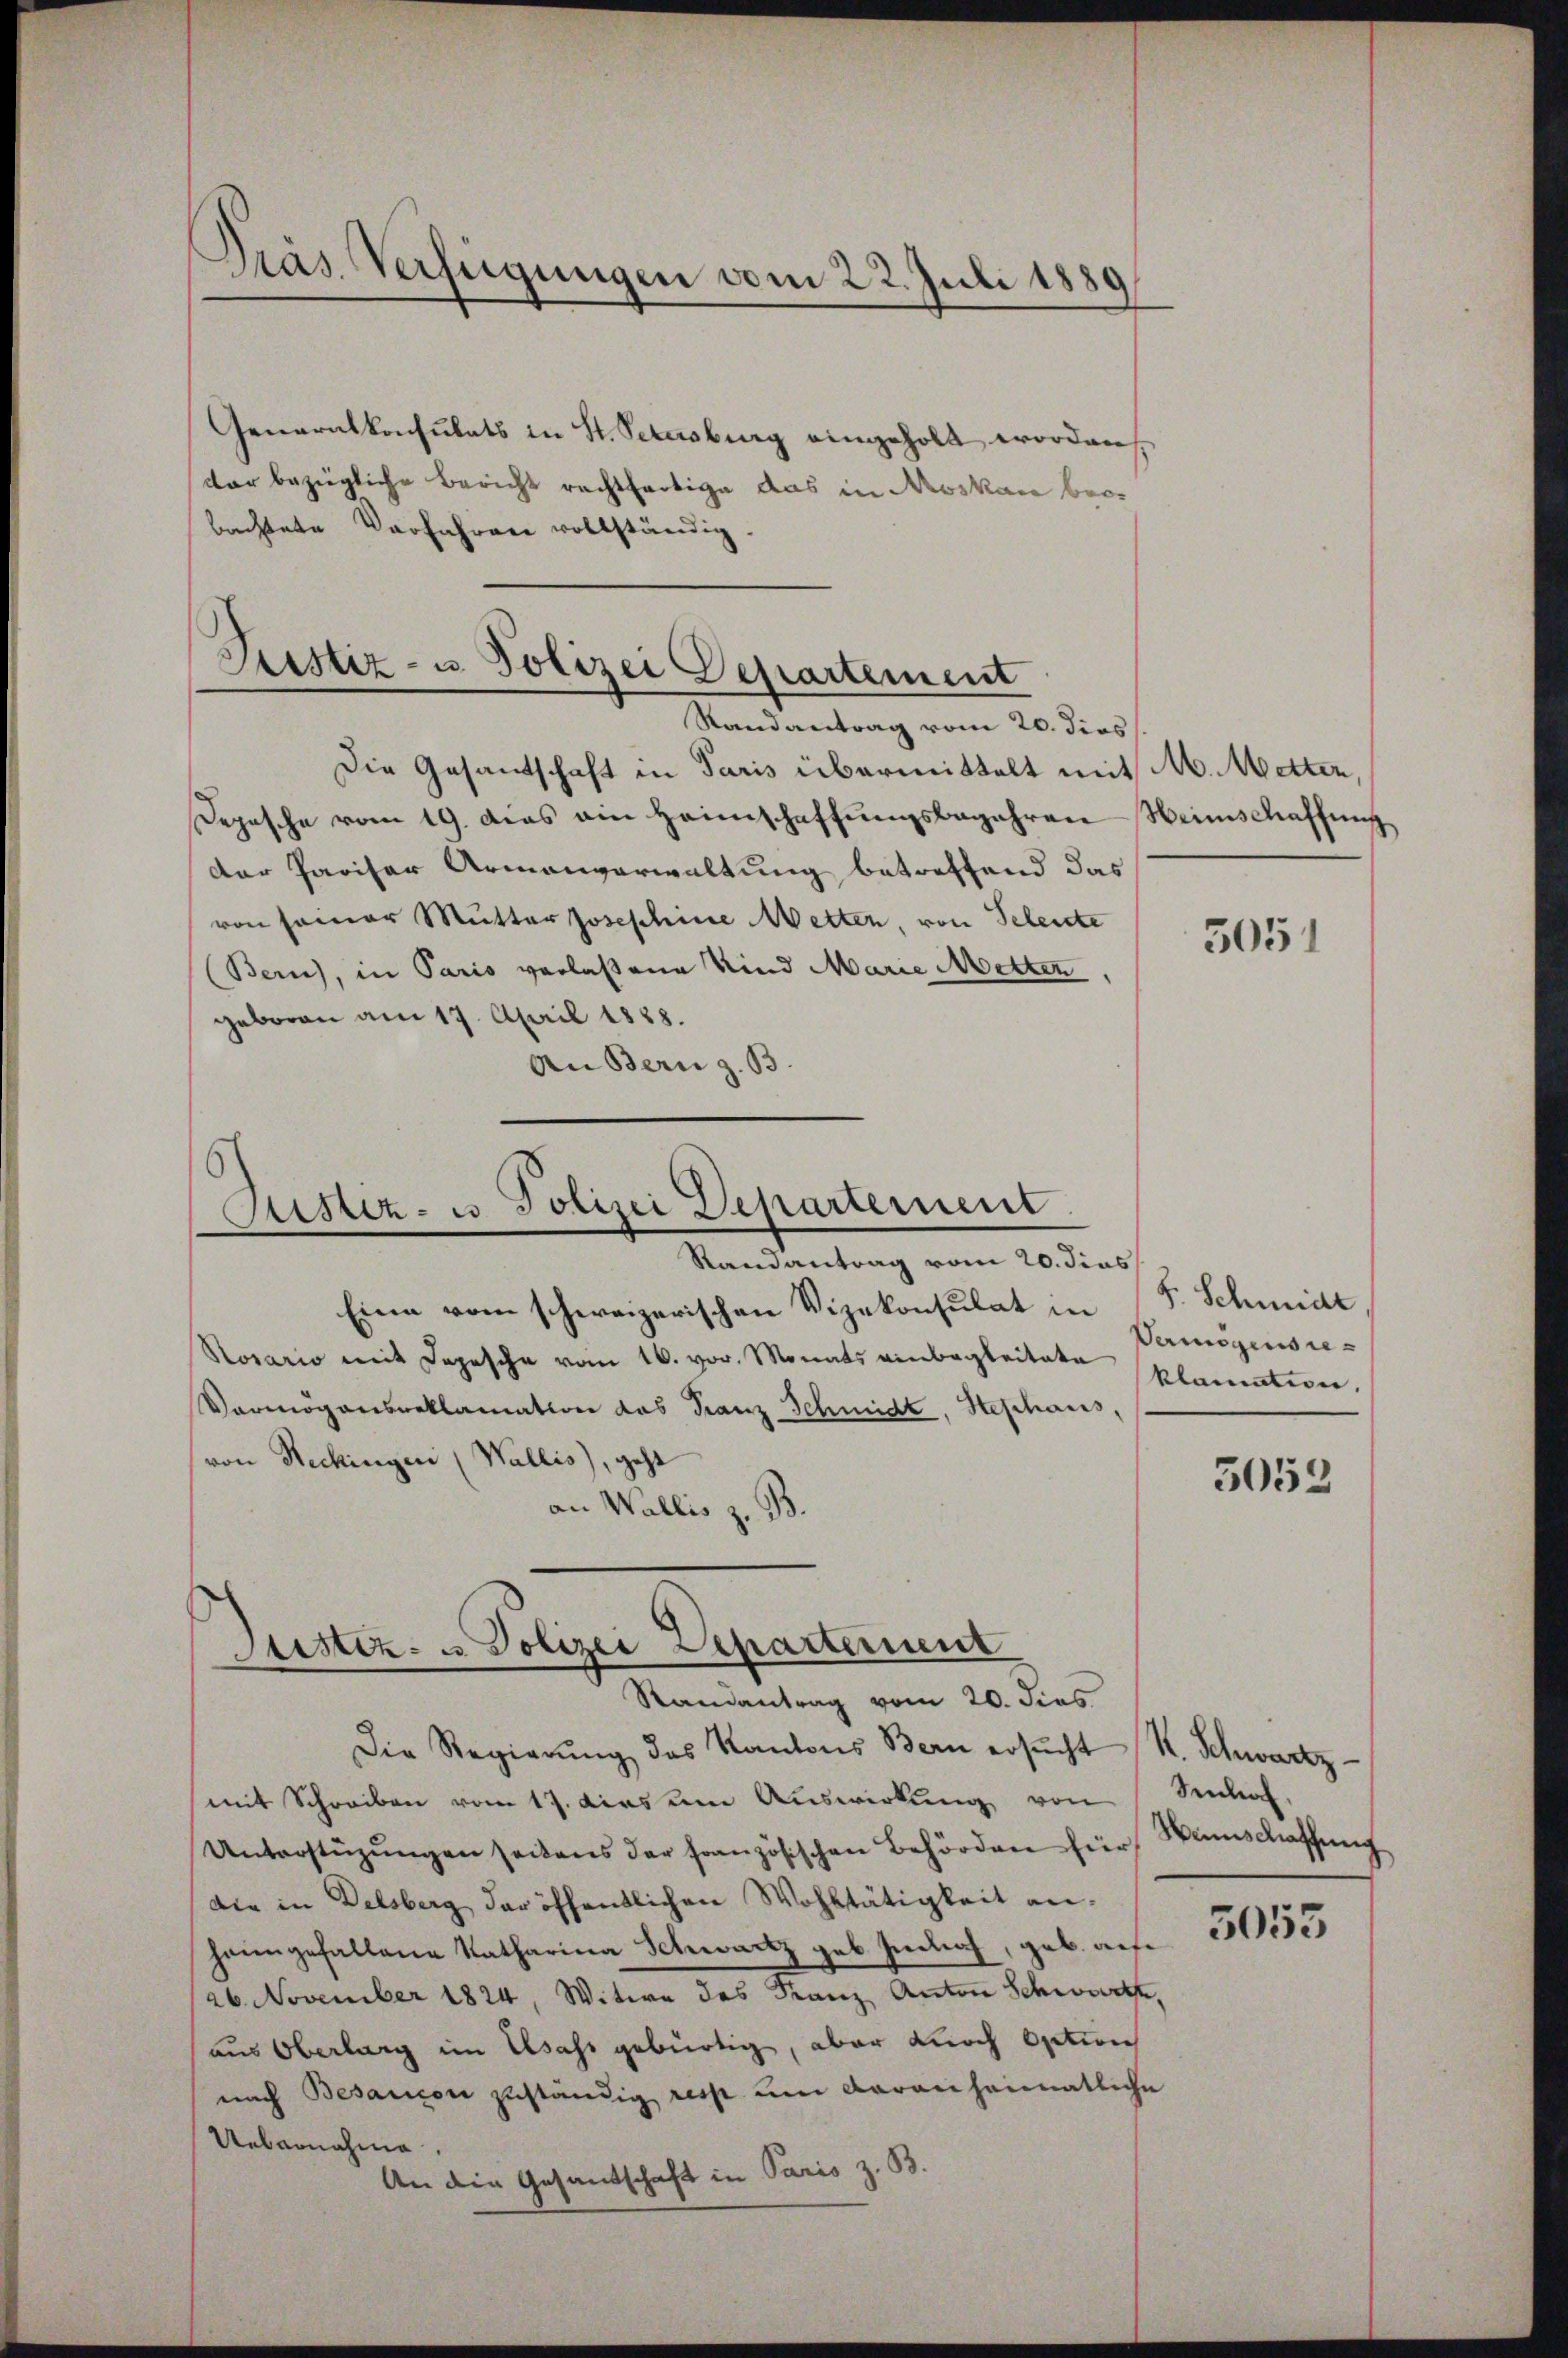
Dräs. Verfügungen vom 22. Juli 1889

Generalkonsulats in St. Petersburg eingeholt worden
dar bezügliche Bericht rechtfertige das in Moskau beobachtete Verfahren vollständig

Justiz- u. Polizei Departement
Randantrag vom 20. dies

Justiz- u Polizei Departement
Randantrag vom 20. dies

Justiz- u Polizei Departement
Randantrag vom 20. dies

Die Gesandtschaft in Paris übermittelt mit M. Metten,
Depesche vom 19. das ain Heimschaffŭngsbegehren Weinschaffung
Der Pariser Armenverwaltung betreffend das
von seiner Mutter Josephine Metten, von Scheide
(Bern), in Paris verlaßene Kind Marie Metten,
geboren am 17. April 1888.
An Bern z. B

Eine vom schweizerischen Vizekonsulat in
Rosario mit Depesche vom 16. vor. Monats einbegleitete Vermögensre¬
Vermögensreklamation das Franz Schmidt, Stephans,
von Reckingen (Wallis), geht
an Wallis z. B

Die Regierŭng des Kantons Bern ersŭcht R. Schwartz
(mit Schreiben vom 17. dies um Auswirkung von Sennah
Unterstüzungen seitens der französischen Behörden für Manns Kraffung
die in Delsberg der öffentlichen Wohltätigkeit an:
heimgefallene Katharina Schwartz geb. India, geb. auf¬
/26. November 1824, Witwe des Franz Anton Schwarte,
aus Oberlang im Elsass gebürtig, aber durch Option
nach Besaucon zuständig resp. um daran heimatliche
Uebernahme.
An die Gesandschaft in Paris z. B.

3051

F. Schmidt
klamation,

5053

5053